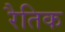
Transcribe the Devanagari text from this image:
रैतिक